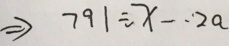
\Rightarrow 7 9 1 \div x - \cdot 2 a